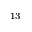
^ { 1 3 }